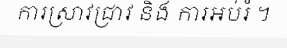
ការស្រាវជ្រាវ និង ការអប់រំ ។